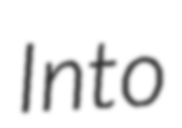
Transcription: Into